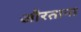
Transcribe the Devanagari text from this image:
औरताना